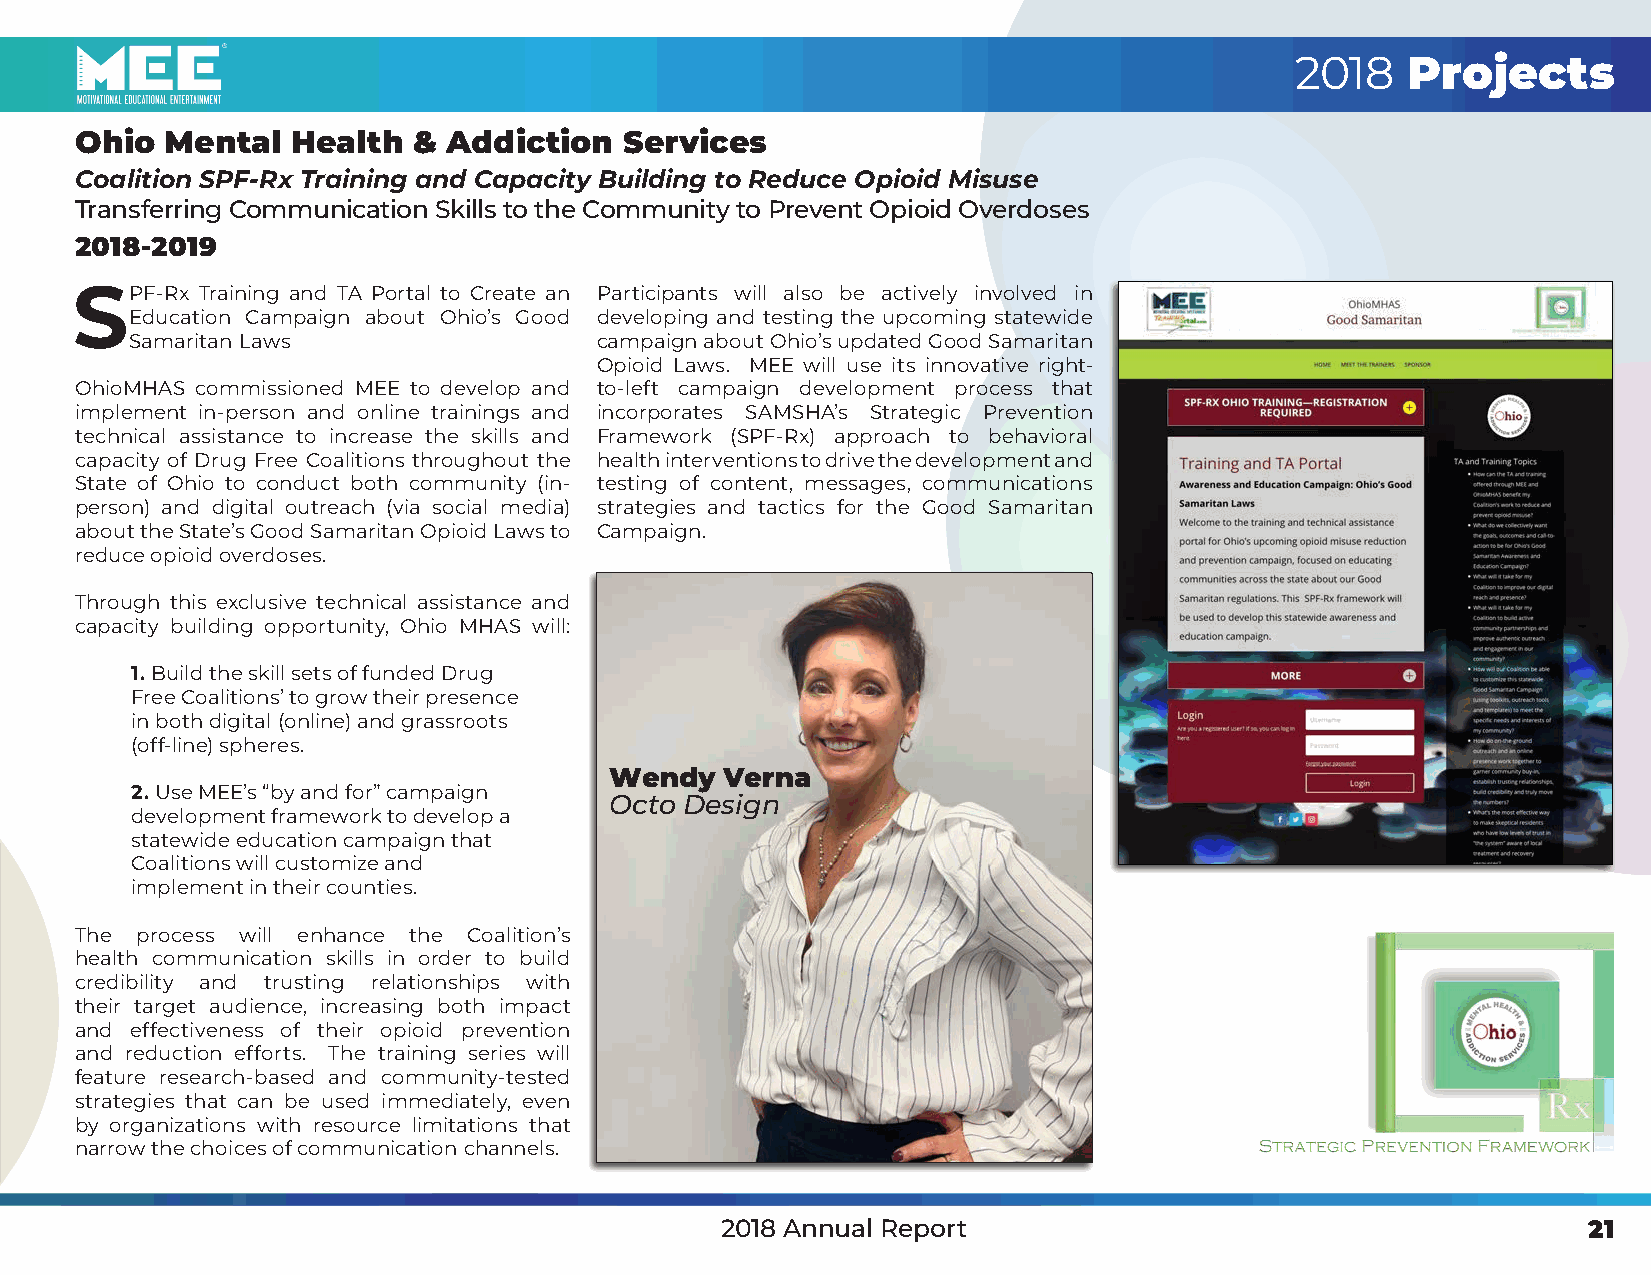
2018   Projects
 Ohio  Mental  Health  &  Addiction  Services
 Coalition SPF-Rx Training and Capacity Building to Reduce Opioid Misuse
 Transferring Communication Skills to the Community to Prevent Opioid Overdoses
 2018-2019
 SPF-Rx  Training and TA Portal to Create an Participants will also be actively involved in
 Education Campaign about Ohio’s Good developing and testing the upcoming statewide
 Samaritan Laws                campaign about Ohio’s updated Good Samaritan
 Opioid Laws. MEE will use its innovative right-
 OhioMHAS commissioned MEE to develop and to-left campaign development process that
 implement in-person and online trainings and incorporates SAMSHA’s Strategic Prevention
 technical assistance to increase the skills and Framework (SPF-Rx) approach to behavioral
 capacity of Drug Free Coalitions throughout the health interventions to drive the development and
 State of Ohio to conduct both community (in- testing of content, messages, communications
 person) and digital outreach (via social media) strategies and tactics for the Good Samaritan
 about the State’s Good Samaritan Opioid Laws to Campaign.
 reduce opioid overdoses.
 Through this exclusive technical assistance and
 capacity building opportunity, Ohio MHAS will:
 1. Build the skill sets of funded Drug
 Free Coalitions’ to grow their presence
 in both digital (online) and grassroots
 (off-line) spheres.
 Wendy   Verna
 2. Use MEE’s “by and for” campaign
 Octo Design
 development framework to develop a
 statewide education campaign that
 Coalitions will customize and
 implement in their counties.
 The process will enhance the Coalition’s
 health communication skills in order to build
 credibility and trusting relationships with
 their target audience, increasing both impact
 and effectiveness of their opioid prevention
 and reduction efforts. The training series will
 feature research-based and community-tested
 strategies that can be used immediately, even
 by organizations with resource limitations that
 narrow the choices of communication channels.
 2018 Annual Report                                       21